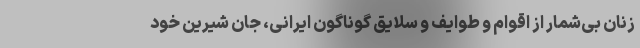
زنان بی‌شمار از اقوام و طوایف و سلایق گوناگون ایرانی، جان شیرین خود